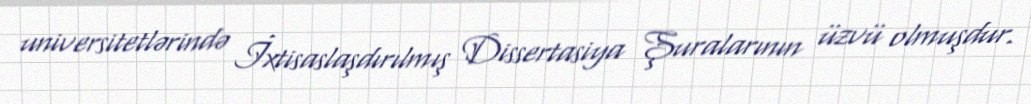
universitetlərində İxtisaslaşdırılmış Dissertasiya Şuralarının üzvü olmuşdur.